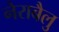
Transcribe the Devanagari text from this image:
नेराबैलु